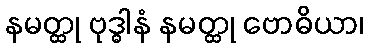
နမတ္ထု ဗုဒ္ဓါနံ နမတ္ထု ဗောဓိယာ၊